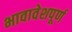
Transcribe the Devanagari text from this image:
भावावेशपूर्ण